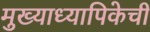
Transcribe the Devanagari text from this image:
मुख्याध्यापिकेची